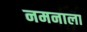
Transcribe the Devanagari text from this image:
नमनाला